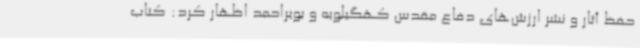
حفظ آثار و نشر ارزش‌های دفاع مقدس کهگیلویه و بویراحمد اظهار کرد: کتاب